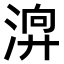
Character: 𣹚